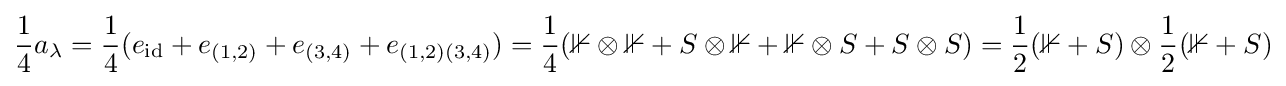
{\frac {1}{4}}a_{\lambda }={\frac {1}{4}}(e_{\text{id}}+e_{(1,2)}+e_{(3,4)}+e_{(1,2)(3,4)})={\frac {1}{4}}(\mathbb {1} \otimes \mathbb {1} +S\otimes \mathbb {1} +\mathbb {1} \otimes S+S\otimes S)={\frac {1}{2}}(\mathbb {1} +S)\otimes {\frac {1}{2}}(\mathbb {1} +S)